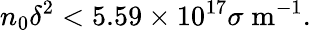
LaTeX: n_{0}\delta^{2}<5.59\times 10^{17}\sigma\; \mathrm{m^{-1}}.